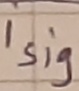
Text: i sig